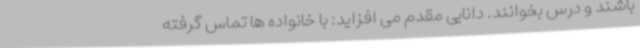
باشند و درس بخوانند. دانایی مقدم می افزاید: با خانواده ها تماس گرفته